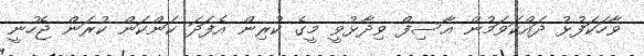
ވާހަކަފުޅު ދައްކަވަމުން އާސިފް ވިދާޅުވީ މީގެ ކުރިން އެފަދަ ކަންކަން ކުރަން ޖެހުނީ